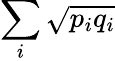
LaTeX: \sum_{i}{\sqrt{p_{i}q_{i}}}